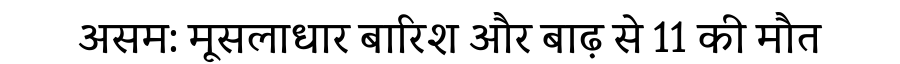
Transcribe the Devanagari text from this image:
असम: मूसलाधार बारिश और बाढ़ से 11 की मौत